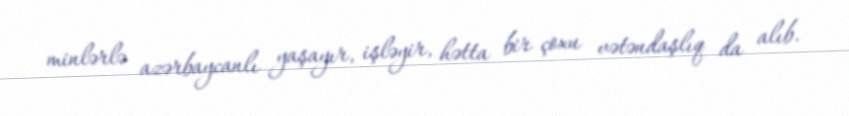
minlərlə azərbaycanlı yaşayır, işləyir, hətta bir çoxu vətəndaşlıq da alıb.